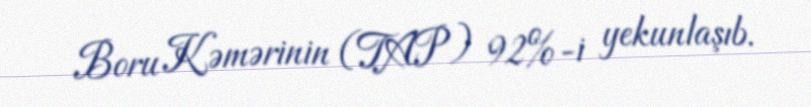
Boru Kəmərinin (TAP) 92%-i yekunlaşıb.